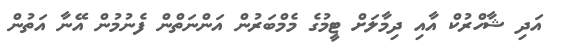
އަދި ޝާހްރުކް އާއި ދިމާލަށް ޓީމުގެ މެމްބަރުން އަންނަތްން ފެނުމުން އޭނާ އަތުން